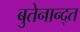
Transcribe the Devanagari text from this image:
बुतेनान्द्त